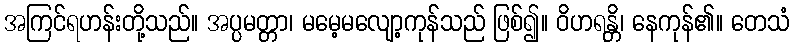
အကြင်ရဟန်းတို့သည်။ အပ္ပမတ္တာ၊ မမေ့မလျော့ကုန်သည် ဖြစ်၍။ ဝိဟရန္တိ၊ နေကုန်၏။ တေသံ